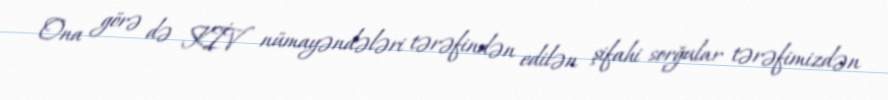
Ona görə də KİV nümayəndələri tərəfindən edilən şifahi sorğular tərəfimizdən